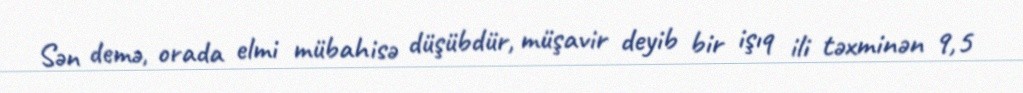
Sən demə, orada elmi mübahisə düşübdür, müşavir deyib bir işıq ili təxminən 9,5